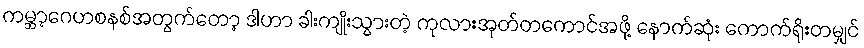
ကမ္ဘာ့ဂေဟစနစ်အတွက်တော့ ဒါဟာ ခါးကျိုးသွားတဲ့ ကုလားအုတ်တကောင်အဖို့ နောက်ဆုံး ကောက်ရိုးတမျှင်